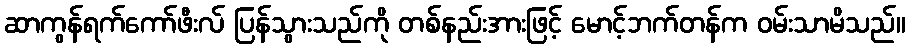
ဆာကွန်ရက်ကော်ဖီးလ် ပြန်သွားသည်ကို တစ်နည်းအားဖြင့် မောင့်ဘက်တန်က ဝမ်းသာမိသည်။